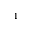
^ { - 1 }